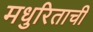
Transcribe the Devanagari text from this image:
मधुरिताची